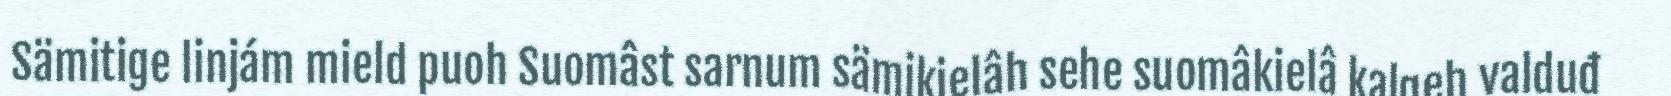
Sämitige linjám mield puoh Suomâst sarnum sämikielâh sehe suomâkielâ kalgeh valduđ